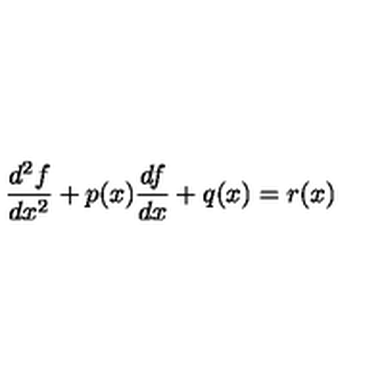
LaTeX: \frac { d ^ { 2 } f } { d x ^ { 2 } } + p ( x ) \frac { d f } { d x } + q ( x ) = r ( x )